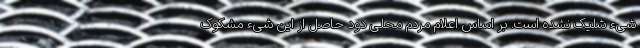
شیء شلیک نشده است. بر اساس اعلام مردم محلی دود حاصل از این شیء مشکوک